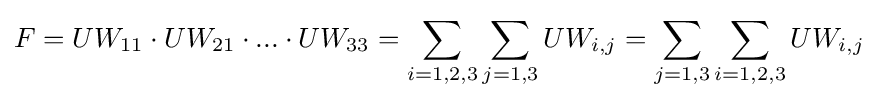
F=UW_{11}\cdot UW_{21}\cdot ...\cdot UW_{33}=\sum _{i=1,2,3}\sum _{j=1,3}UW_{i,j}=\sum _{j=1,3}\sum _{i=1,2,3}UW_{i,j}